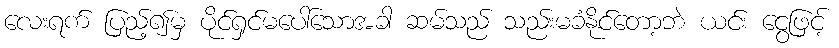
လေးရက် ပြည့်၍မှ ပိုင်ရှင်မပေါ်သောအခါ ဆမ်သည် သည်းမခံနိုင်တော့ဘဲ ယင်း ငွေဖြင့်